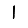
Digit: 1